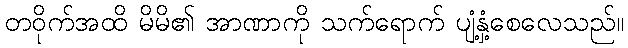
တဝိုက်အထိ မိမိ၏ အာဏာကို သက်ရောက် ပျံ့နှံ့စေလေသည်။